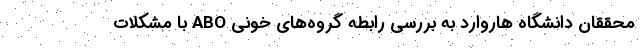
محققان دانشگاه هاروارد به بررسی رابطه گروه‌های خونی ABO با مشکلات